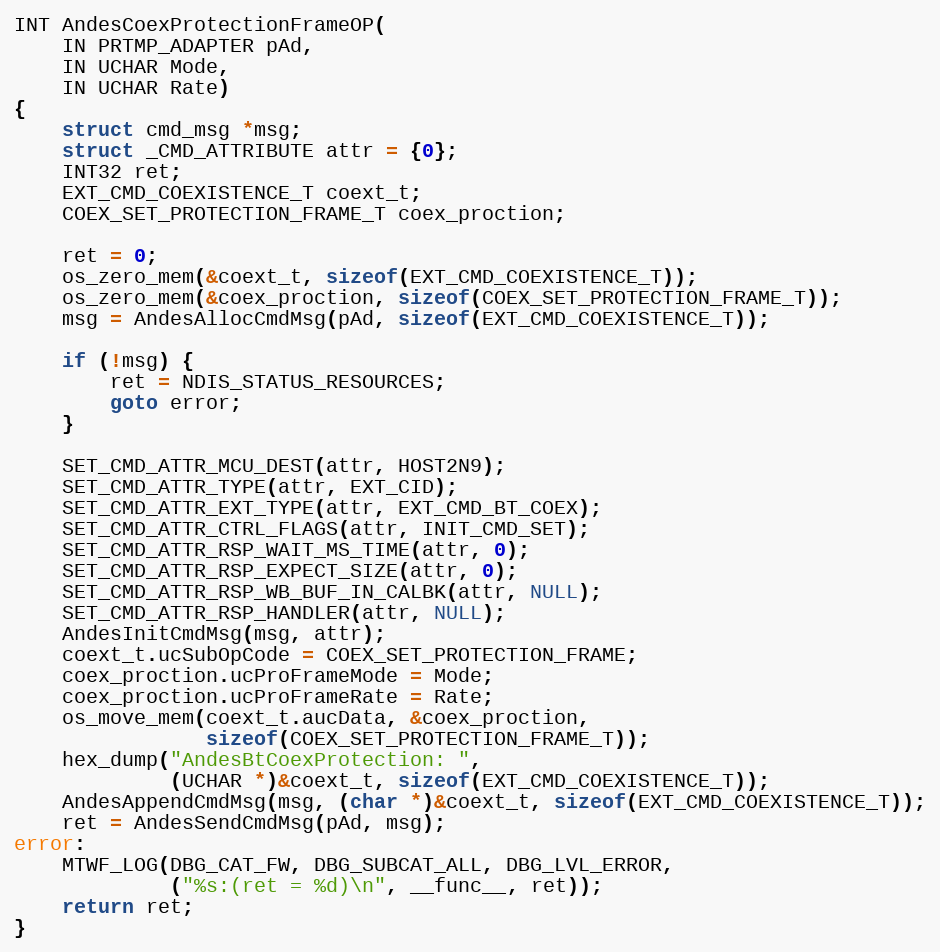
Language: C
INT AndesCoexProtectionFrameOP(
	IN PRTMP_ADAPTER pAd,
	IN UCHAR Mode,
	IN UCHAR Rate)
{
	struct cmd_msg *msg;
	struct _CMD_ATTRIBUTE attr = {0};
	INT32 ret;
	EXT_CMD_COEXISTENCE_T coext_t;
	COEX_SET_PROTECTION_FRAME_T coex_proction;

	ret = 0;
	os_zero_mem(&coext_t, sizeof(EXT_CMD_COEXISTENCE_T));
	os_zero_mem(&coex_proction, sizeof(COEX_SET_PROTECTION_FRAME_T));
	msg = AndesAllocCmdMsg(pAd, sizeof(EXT_CMD_COEXISTENCE_T));

	if (!msg) {
		ret = NDIS_STATUS_RESOURCES;
		goto error;
	}

	SET_CMD_ATTR_MCU_DEST(attr, HOST2N9);
	SET_CMD_ATTR_TYPE(attr, EXT_CID);
	SET_CMD_ATTR_EXT_TYPE(attr, EXT_CMD_BT_COEX);
	SET_CMD_ATTR_CTRL_FLAGS(attr, INIT_CMD_SET);
	SET_CMD_ATTR_RSP_WAIT_MS_TIME(attr, 0);
	SET_CMD_ATTR_RSP_EXPECT_SIZE(attr, 0);
	SET_CMD_ATTR_RSP_WB_BUF_IN_CALBK(attr, NULL);
	SET_CMD_ATTR_RSP_HANDLER(attr, NULL);
	AndesInitCmdMsg(msg, attr);
	coext_t.ucSubOpCode = COEX_SET_PROTECTION_FRAME;
	coex_proction.ucProFrameMode = Mode;
	coex_proction.ucProFrameRate = Rate;
	os_move_mem(coext_t.aucData, &coex_proction,
				sizeof(COEX_SET_PROTECTION_FRAME_T));
	hex_dump("AndesBtCoexProtection: ",
			 (UCHAR *)&coext_t, sizeof(EXT_CMD_COEXISTENCE_T));
	AndesAppendCmdMsg(msg, (char *)&coext_t, sizeof(EXT_CMD_COEXISTENCE_T));
	ret = AndesSendCmdMsg(pAd, msg);
error:
	MTWF_LOG(DBG_CAT_FW, DBG_SUBCAT_ALL, DBG_LVL_ERROR,
			 ("%s:(ret = %d)\n", __func__, ret));
	return ret;
}